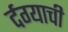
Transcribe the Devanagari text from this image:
र्दग्याची